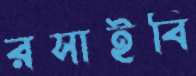
রসাইবি